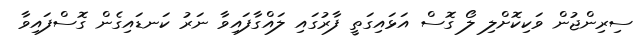
ސިރިންޖުން ވަކިކޮށްލި ލޯ ގޮސް އަޅައިގަތީ ފާރުގައި ލައްގާފައިވާ ނަރު ކަނޑައިގެން ގޮސްފައިވާ